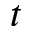
t